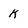
Character: k